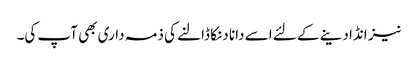
نیز انڈا دینے کے لئے اسے دانا دنکا ڈالنے کی ذمہ داری بھی آپ کی۔